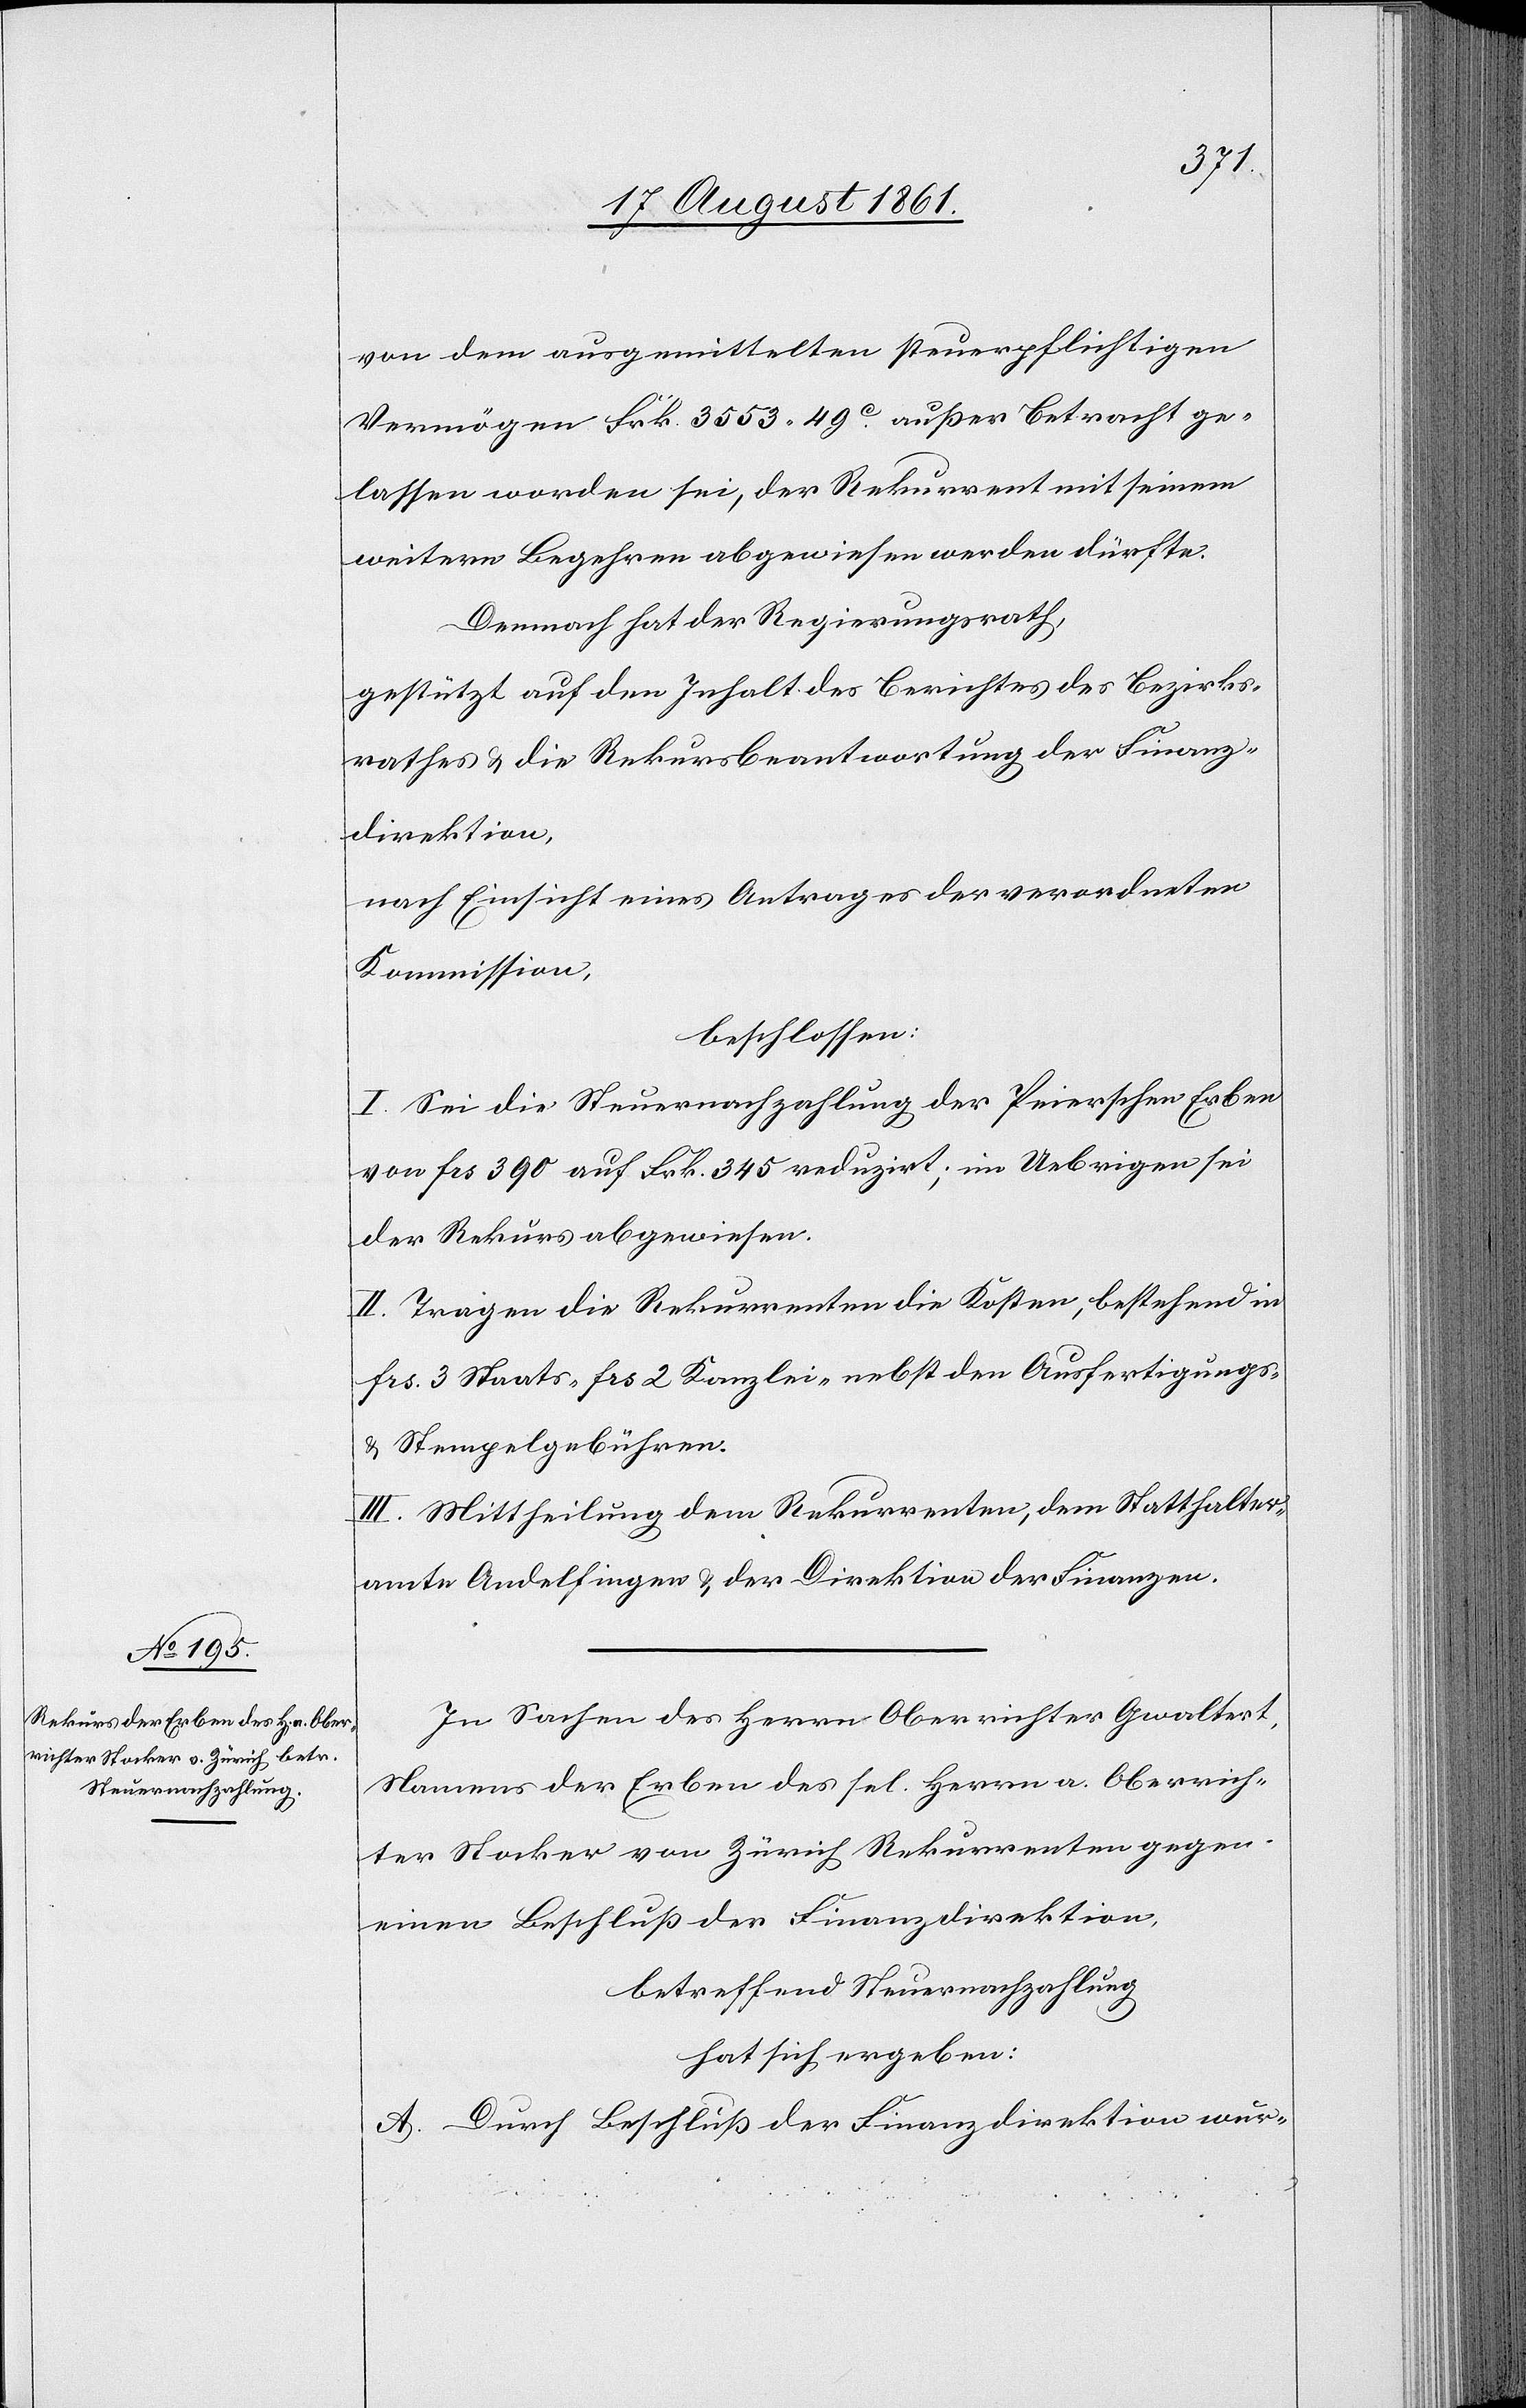
von dem ausgemittelten steuerpflichtigen
Vermögen Frk. 3553.49c außer Betracht ge¬
lassen worden sei, der Rekurrent mit seinem
weitern Begehren abgewiesen werden dürfte.
Demnach hat der Regierungsrath,
gestützt auf den Inhalt des Berichtes des Bezirks¬
rathes u. die Rekursbeantwortung der Finanz¬
direktion,
nach Einsicht eines Antrages der verordneten
Kommission,
beschlossen:
I. Sei die Steuernachzahlung der Peierschen Erben
von frs 390 auf Frk. 345 reduzirt; im Uebrigen sei
der Rekurs abgewiesen.
II. Tragen die Rekurrenten die Kosten, bestehend in
frs 3 Staats- frs 2 Kanzlei- nebst den Ausfertigungs-
u. Stempelgebühren.
III. Mittheilung dem Rekurrenten, dem Statthalter¬
amte Andelfingen u. der Direktion der Finanzen.
In Sachen des Herrn Oberrichter Gwaltert,
Namens der Erben des sel. Herrn a. Oberrich¬
ter Stocker von Zürich Rekurrenten gegen
einen Beschluß der Finanzdirektion.
betreffend Steuernachzahlung
hat sich ergeben:
A. Durch Beschluß der Finanzdirektion wur-